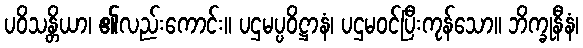
ပဝိသန္တိယာ၊ ၏လည်းကောင်း။ ပဌမပ္ပဝိဋ္ဌာနံ၊ ပဌမဝင်ပြီးကုန်သော။ ဘိက္ခုနီနံ၊